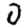
Digit: 0